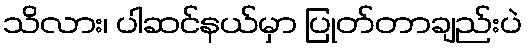
သိလား၊ ပါဆင်နယ်မှာ ပြုတ်တာချည်းပဲ